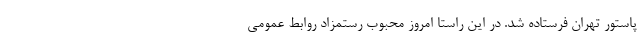
پاستور تهران فرستاده شد. در این راستا امروز محبوب رستمزاد روابط عمومی